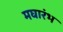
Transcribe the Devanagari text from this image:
मघारंभ